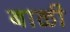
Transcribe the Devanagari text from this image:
बाळी